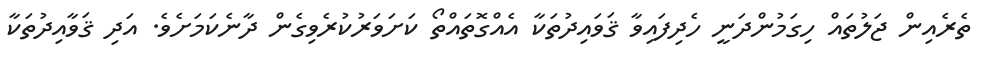
ތެރެއިން ޖަލުތައް ހިގަމުންދަނީ ހެދިފައިވާ ޤަވައިދުތަކާ އެއްގޮތައްތޯ ކަށަވަރުކުރެވިގެން ދާނެކަމަށެވެ. އަދި ޤަވާއިދުތަކާ